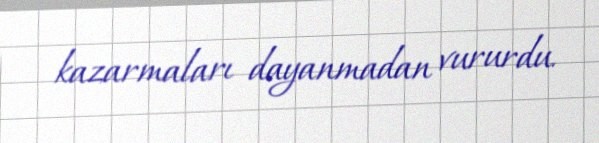
kazarmaları dayanmadan vururdu.